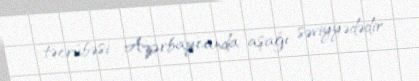
təcrübəsi Azərbaycanda aşağı səviyyədədir.